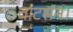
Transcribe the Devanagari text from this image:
वाटसन।